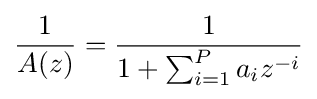
{\frac {1}{A(z)}}={\frac {1}{1+\sum _{i=1}^{P}a_{i}z^{-i}}}